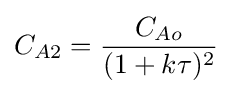
C_{A2}={\frac {C_{Ao}}{(1+k\tau )^{2}}}